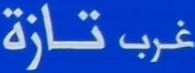
غرب تازة